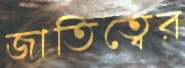
জাতিত্বের